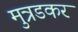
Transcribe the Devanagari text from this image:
मुत्रडकर